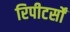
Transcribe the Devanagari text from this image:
रिपीटर्सों